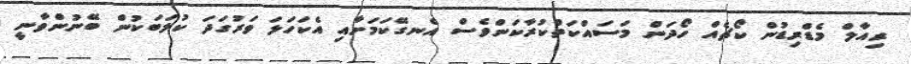
ރިއާލް މެޑްރިޑުން ކޯޗެއް ހޯދަން މަސައްކަތްކުރާކަންވެސް އެނގޭކަމަށާއި އެކަހަލަ ވަރުގަދަ ކުލަބަކުން ބޭނުންވާނީ